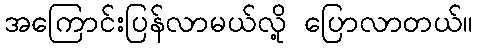
အကြောင်းပြန်လာမယ်လို့ ပြောလာတယ်။